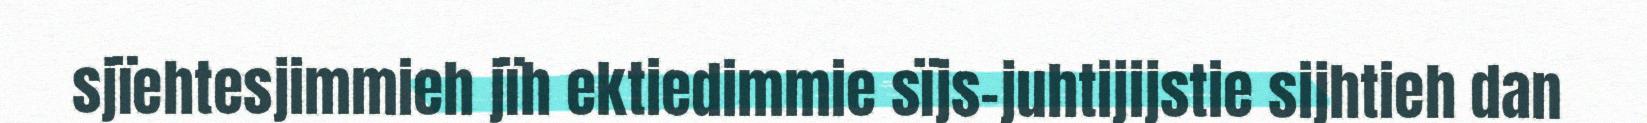
sjïehtesjimmieh jïh ektiedimmie sïjs-juhtijijstie sijhtieh dan